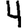
Digit: 4